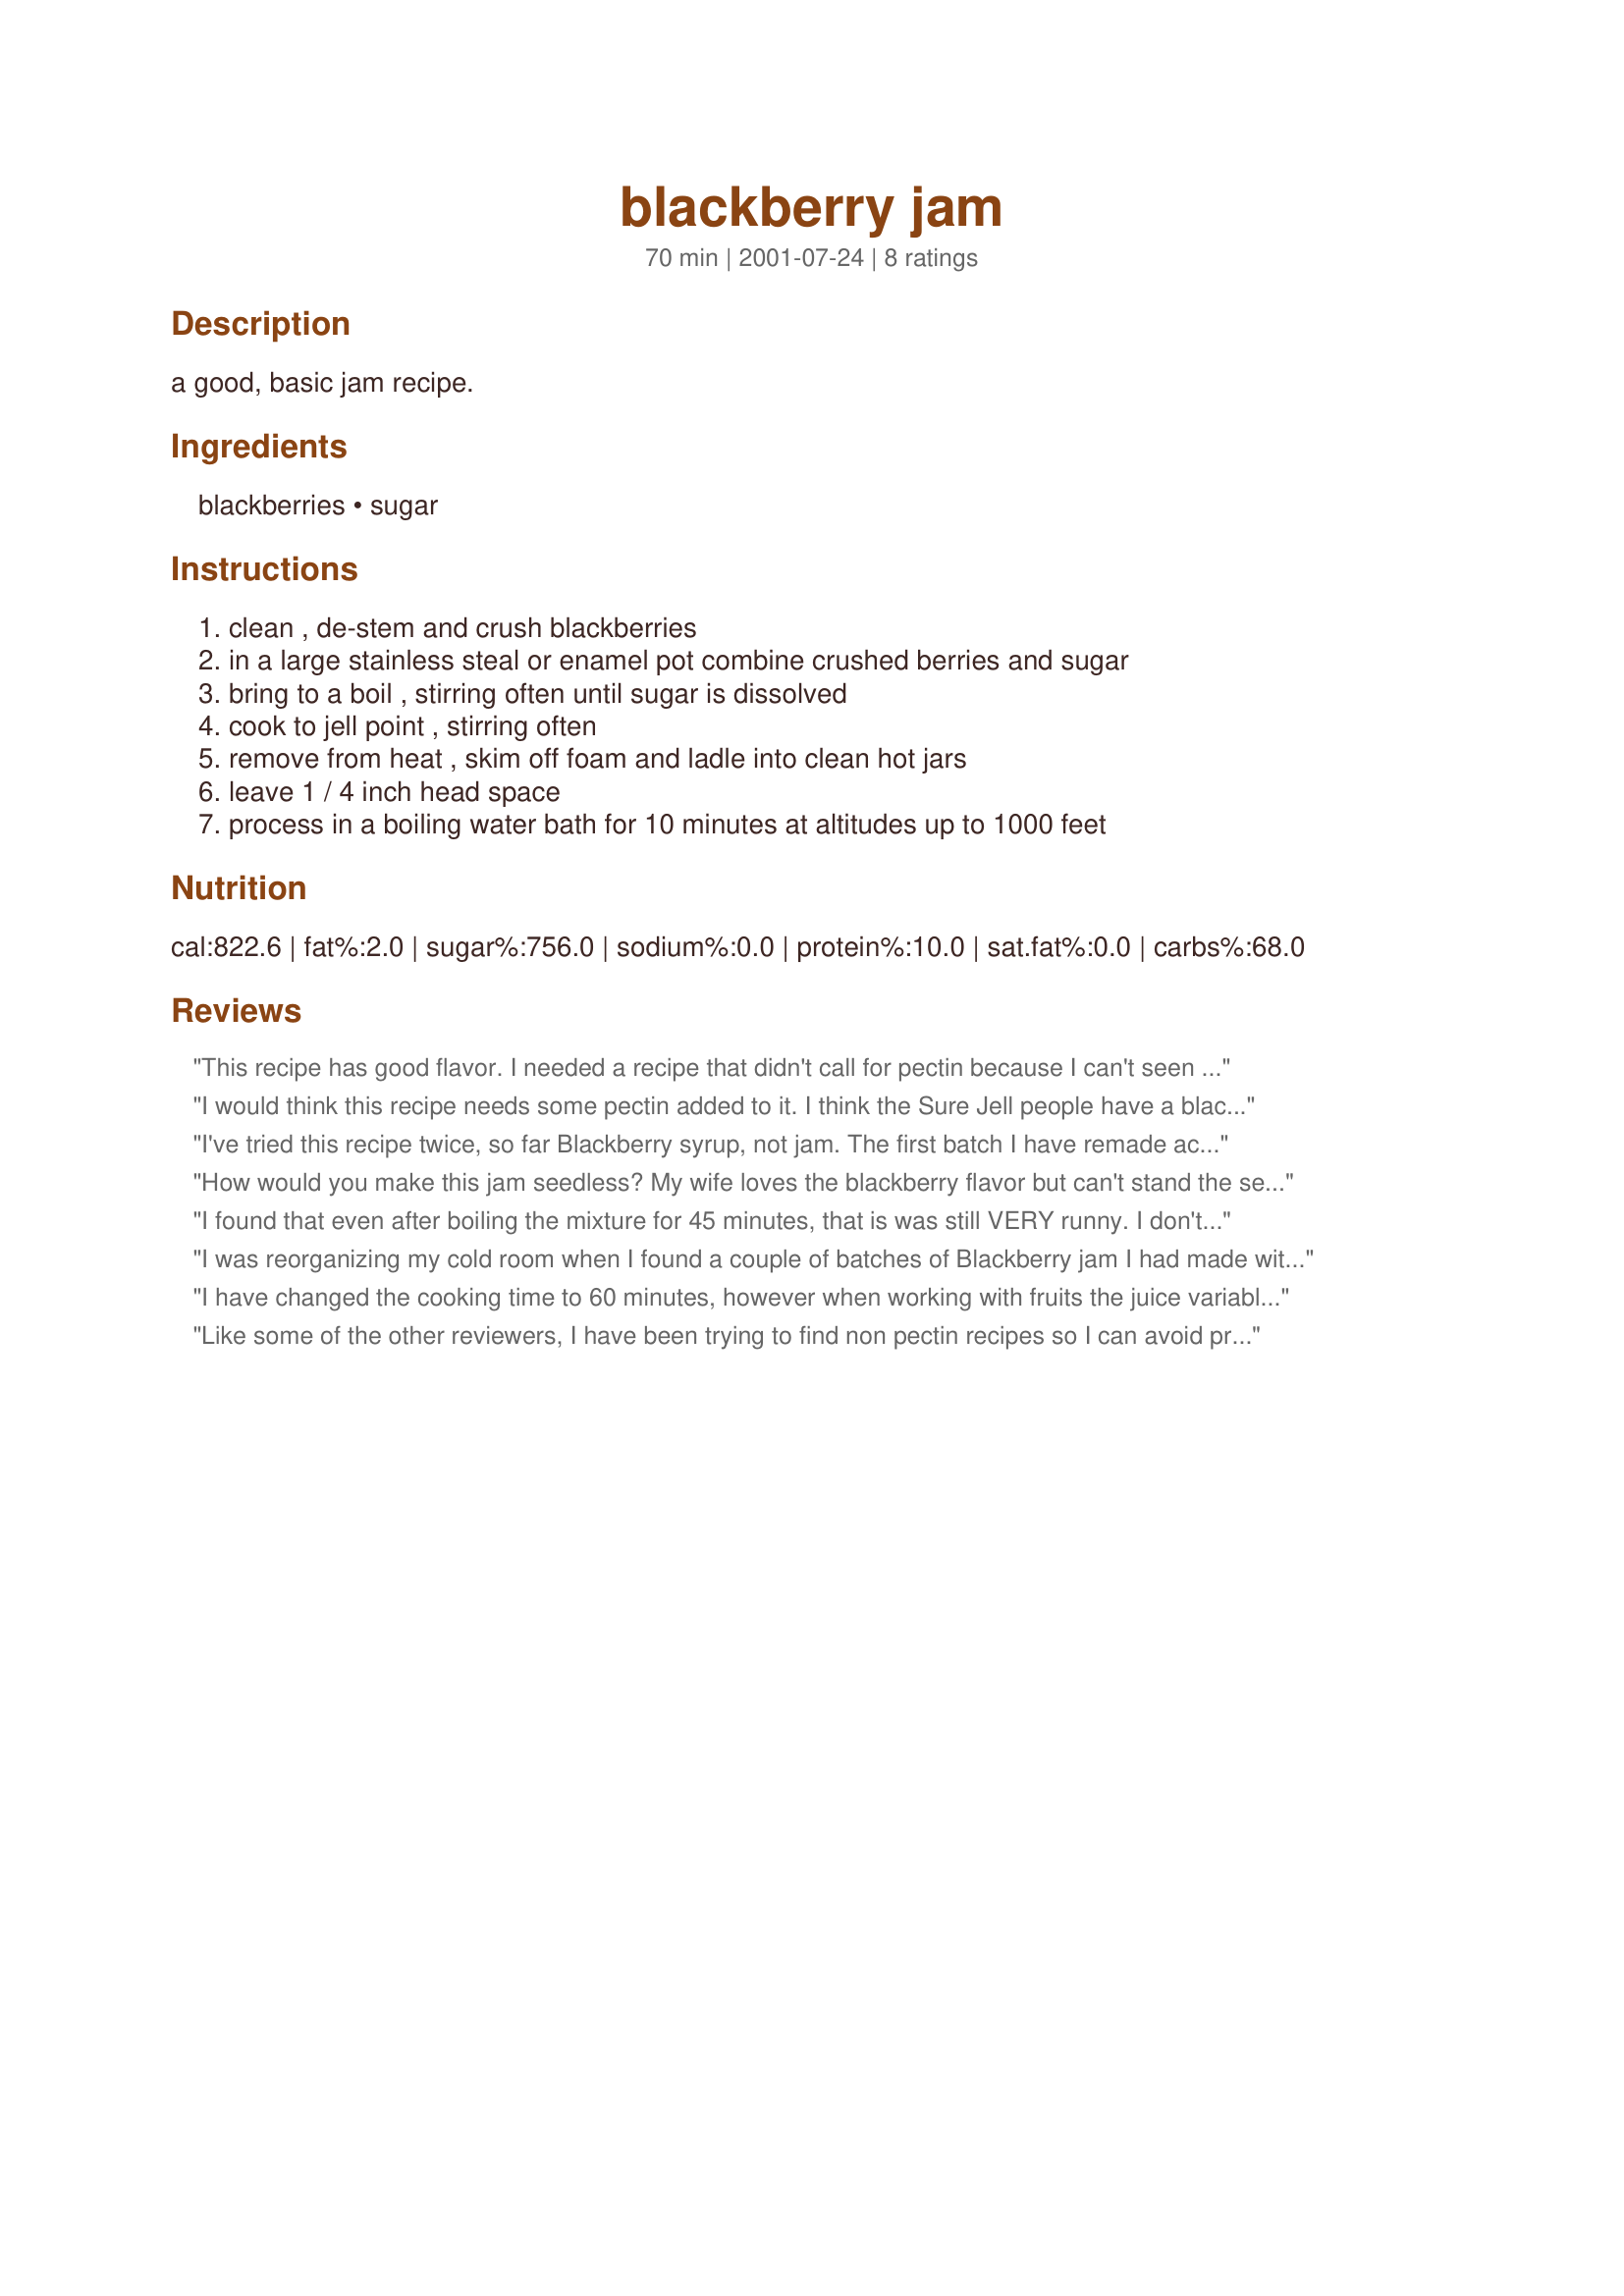
blackberry jam
Preparation time: 70 minutes

a good, basic jam recipe.

Ingredients:
blackberries, sugar

Steps:
clean , de-stem and crush blackberries, in a large stainless steal or enamel pot combine crushed berries and sugar, bring to a boil , stirring often until sugar is dissolved, cook to jell point , stirring often, remove from heat , skim off foam and ladle into clean hot jars, leave 1 / 4 inch head space, process in a boiling water bath for 10 minutes at altitudes up to 1000 feet

Reviews:
This recipe has good flavor. I needed a recipe that didn't call for pectin because I can't seen to find any here in Hungary. My jam set very well once it cooled but I did cook it for much longer than directed.
I would think this recipe needs some pectin added to it. I think the Sure Jell people have a blackberry jam recipe.
I've tried this recipe twice, so far Blackberry syrup, not jam. The first batch I have remade according to some internet instructions I found, along with my mother's advice. It's still pretty runny. The taste is fine, but the consistency is still syrupy.
How would you make this jam seedless? My wife loves the blackberry flavor but can't stand the seeds.
I found that even after boiling the mixture for 45 minutes, that is was still VERY runny. I don't know how runny it will be when I open a jar, but I jhope all the work was worth it!
I was reorganizing my cold room when I found a couple of batches of Blackberry jam I had made with this recipe and I checked my reviews and it was not there so here it is! I opened a jar of the jam up it is set beautifully with a great smooth taste. The blackberries were from British Columbia the West Coast of Canada really big and juicy and I added 3 large Chipotle chile's in Adobe sauce and just before jarring the jam I added some orange liquor to the recipe for a sweet hot taste. We did have to cook the fruit down until we got it to jam stage other than that a very simple recipe. My DH and I do not like pectin so this really fit the bill. This recipe jam's up beautifully we gave some of it away to a friend who just loves it and so do we especially with cheese and crackers! Thanks, Dib's for posting this non - pectin recipe!
I have changed the cooking time to 60 minutes, however when working with fruits the juice variable is huge. Are the berries extra juicy? If so your cooking time will double. Di;-)
Like some of the other reviewers, I have been trying to find non pectin recipes so I can avoid preservatives. This recipe has the correct proportion of sugar to berries (2 c. sugar to 3 c. crushed berries) if they are organic (look for wild berries at a farmer's market - they will have no pesticides and tend to be a little sweeter so you can use this proportion of sugar - many of the other recipes I have seen use 1 to 1 ratio of sugar to berries, which I am trying to avoid). Some other tips: once you bring the jam to a boil, it needs to boil rapidly with you stirring it so it doesn't scorch. It also needs to reach 8 degrees over the boiling point in your area to reach jelly stage (so, typically, 220 degrees). There are visual jelly stage tests if you don't have a thermometer - put a small plate in the freezer -- you can drop some of the hot boiling jam on the plate and tell when it is ready because it will instantly become thick like jam on the plate and not run (and then you can taste it - yummm!). You can also use a cool metal spoon to test it - when ready the jam will fall off the spoon in a sheet, instead of in drops. My batches typically take about 45 to 60 minutes to reach jelly stage (depending on the humidity), and I use a pan with a heavy, thick bottom and tall sides so it doesn't splatter (so takes a little longer). I also add fresh juice of one lemon after it has reached jelly stage and boil one more minute -- I think it brightens the flavor. This time, I also added 3 finely chopped fresh organic jalapenos, seeds and membranes removed. For the reviewer who asked about making it seedless, crush the berries then push the crush through a sieve. Thanks for the recipe!
